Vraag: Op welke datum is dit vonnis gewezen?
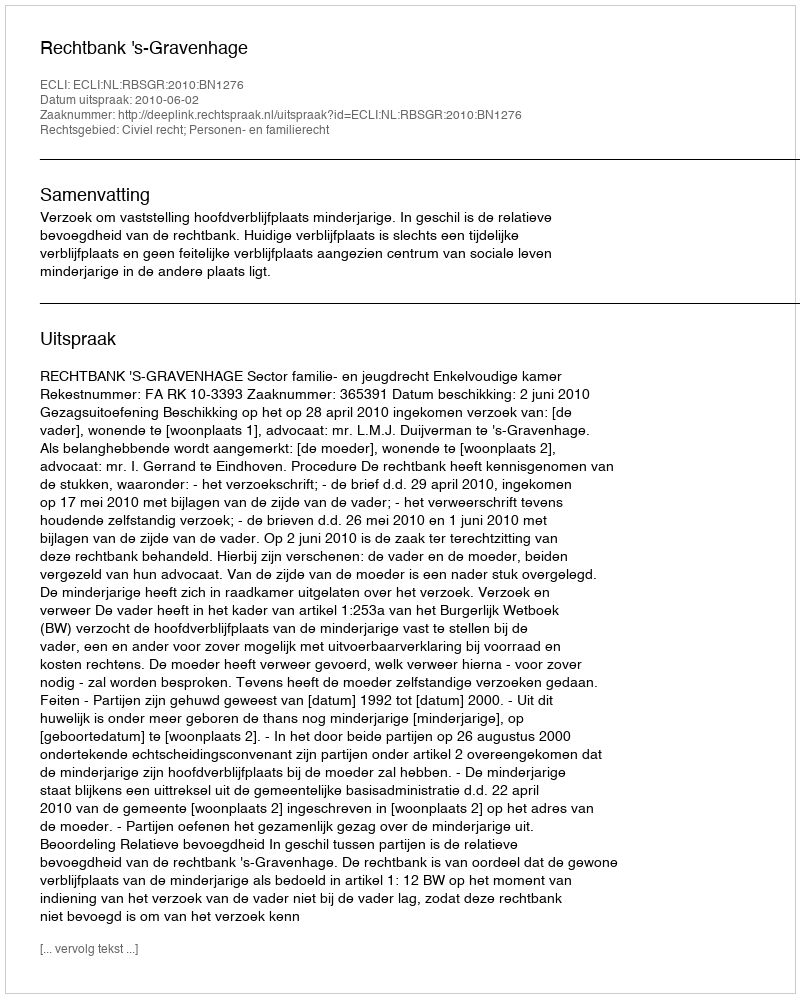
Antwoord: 2010-06-02